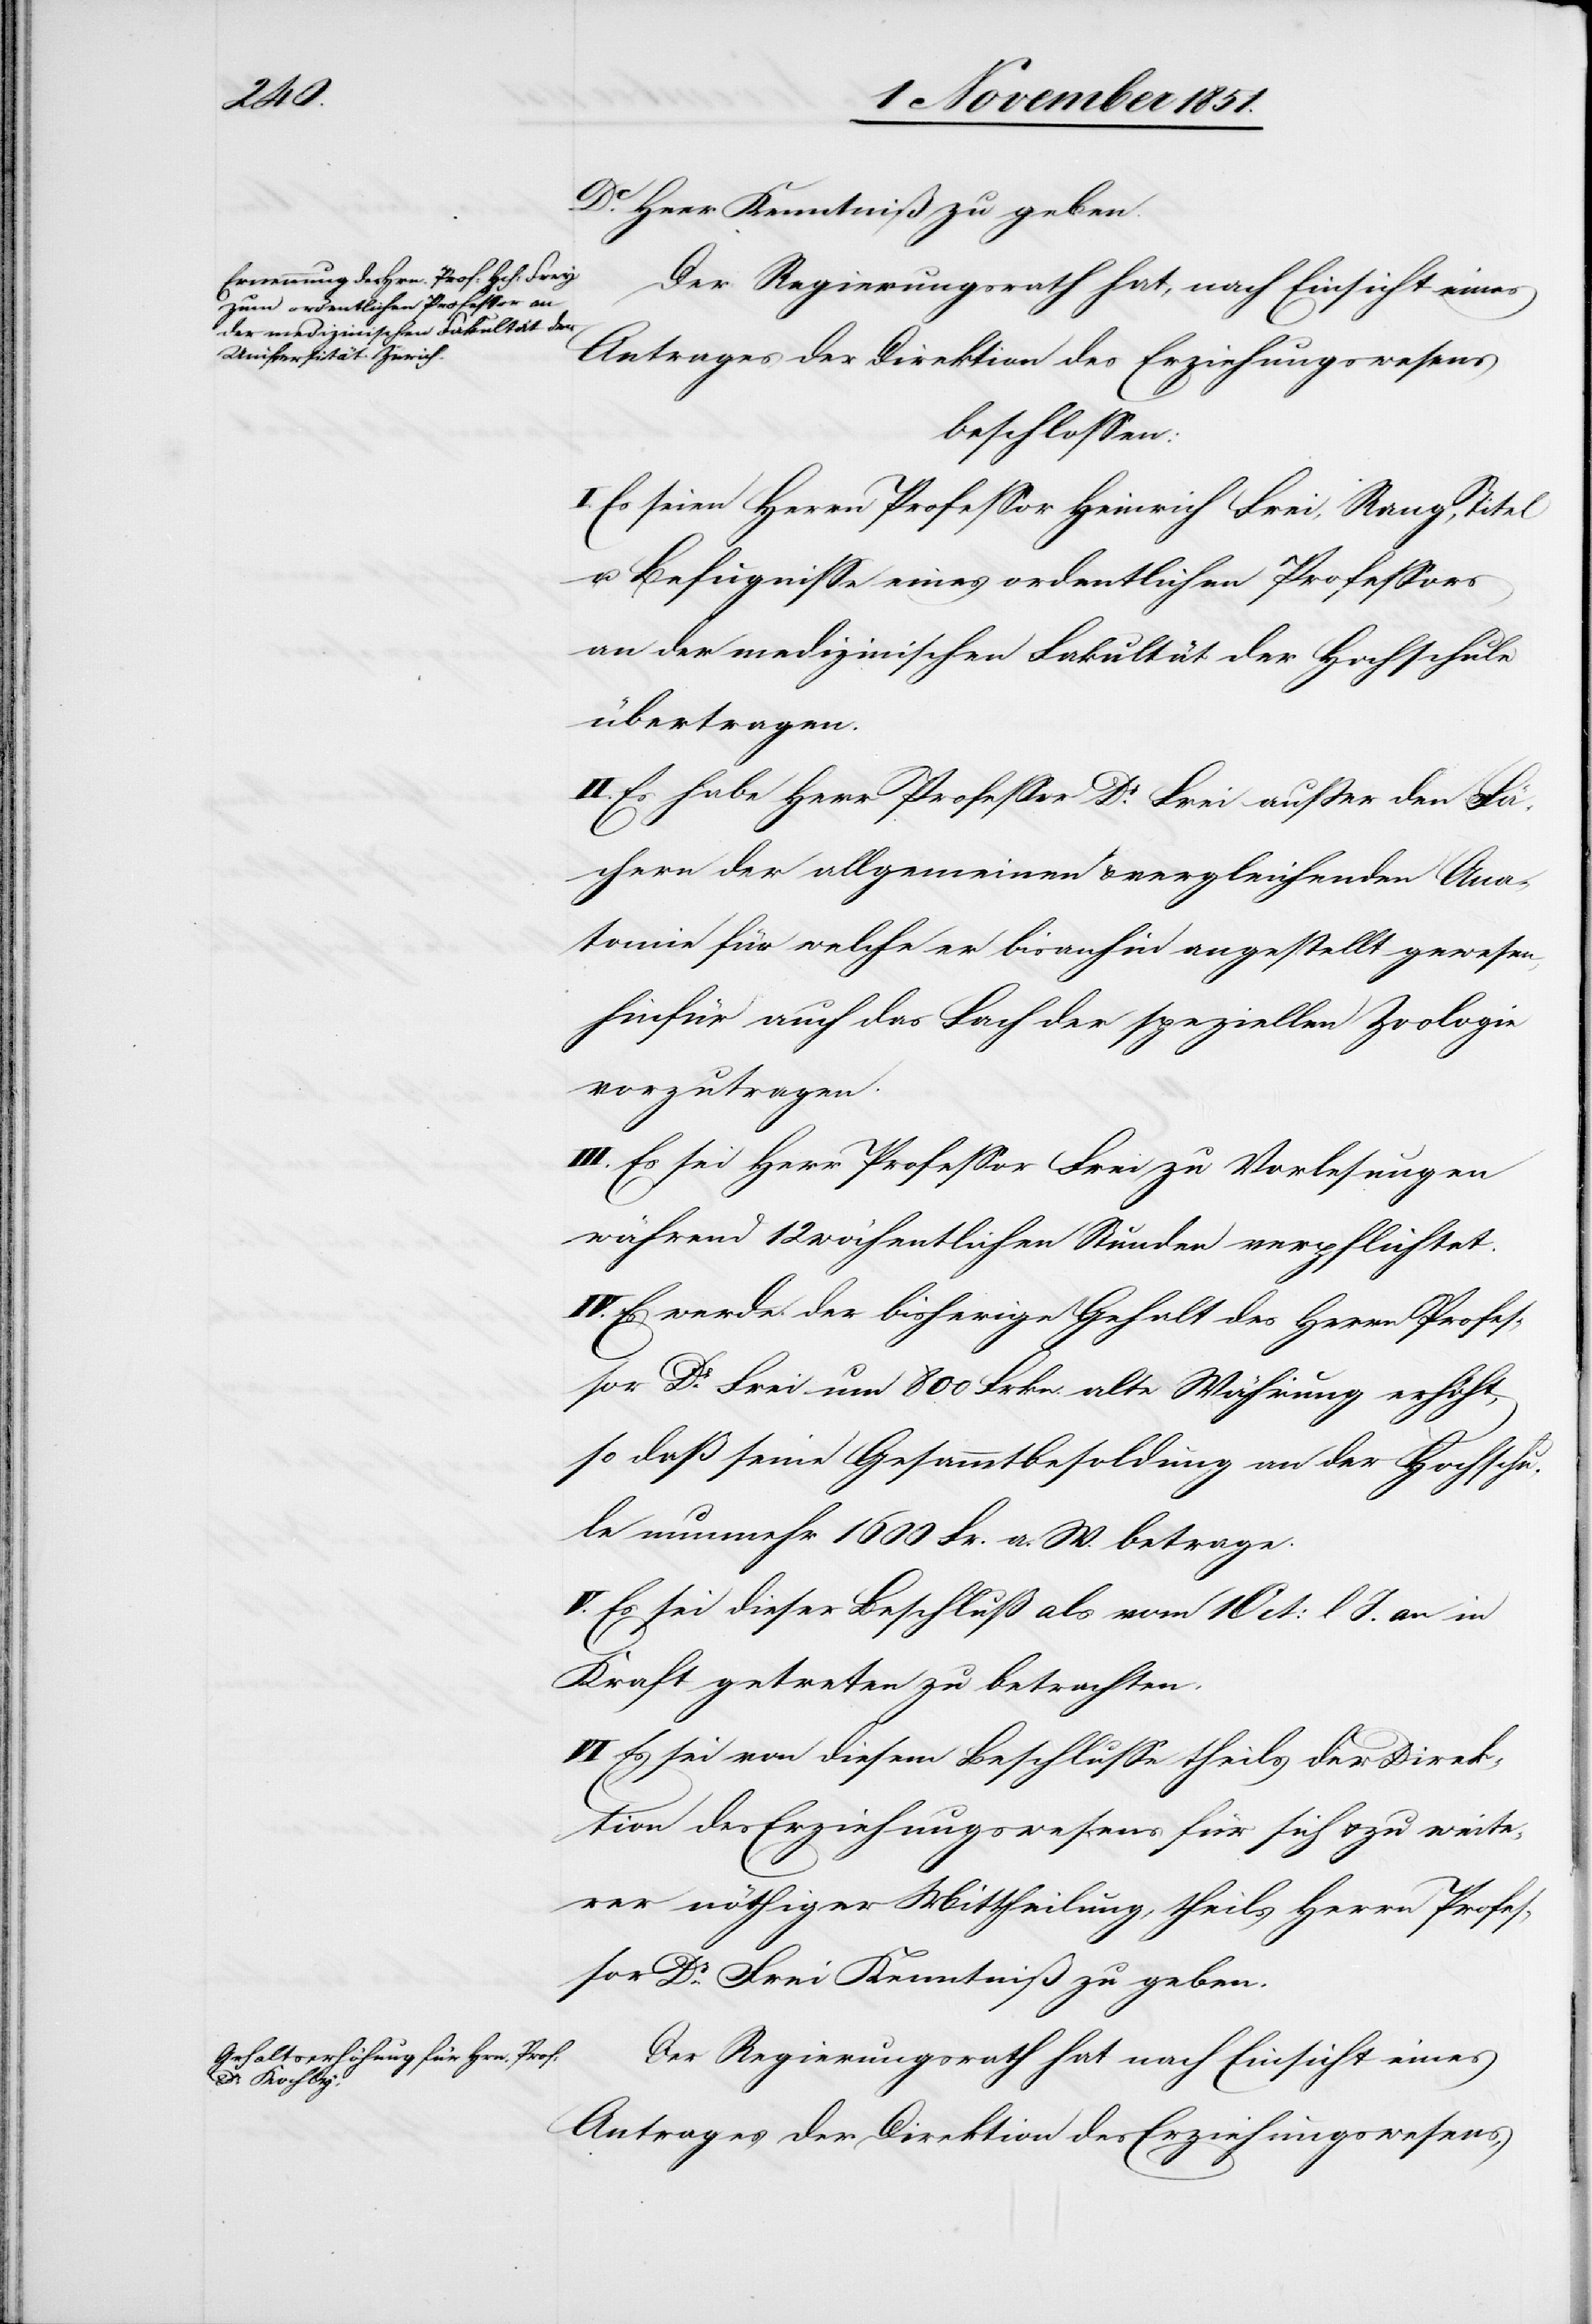
Dr Heer Kenntniß zu geben.
Der Regierungsrath hat, nach Einsicht eines
Antrages der Direktion des Erziehungswesens
beschlossen:
I. Es seien Herrn Professor Heinrich Frei [sic!],
u. Befugnisse eines ordentlichen Professors
an der medizinischen Fakultät der Hochschule
übertragen.
II. Es habe Herr Professor Dr Frei außer den Fä¬
chern der allgemeinen & vergleichenden Ana¬
tomie für welche er bisanhin angestellt gewesen,
hinfür auch das Fach der speziellen Zoologie
vorzutragen.
III. Es sei Herr Professor Frei zu Vorlesungen
während 12 wöchentlichen Stunden verpflichtet.
IV. Es werde der bisherige Gehalt des Herrn Profes¬
sor Dr Frei um 800 Frkn. alte Währung erhöht,
so daß seine Gesammtbesoldung an der Hochschu¬
le nunmehr 1600 Fr. a. W. betrage.
V. Es sei dieser Beschluß als vom 1 Oct: l J. an in
Kraft getreten zu betrachten.
VI Es sei von diesem Beschlusse theils der Direk¬
tion des Erziehungswesens für sich & zu weite¬
rer nöthiger Mittheilung, theils Herrn Profes¬
sor Dr Frei Kenntniß zu geben.
Der Regierungsrath hat nach Einsicht eines
Antrages der Direktion des Erziehungswesens,